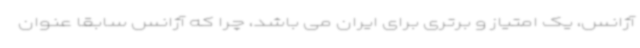
آژانس، یک امتیاز و برتری برای ایران می باشد، چرا که آژانس سابقا عنوان